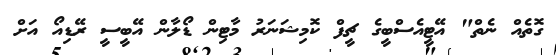
ގޮތެއް ނެތް" އޭޓީއެސްބީގެ ޗީފް ކޮމިޝަނަރު މާޓިން ޑޯލާން އޭބީސީ ރޭޑިއޯ އަށް